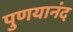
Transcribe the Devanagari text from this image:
पुणयानंद